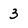
Character: 3